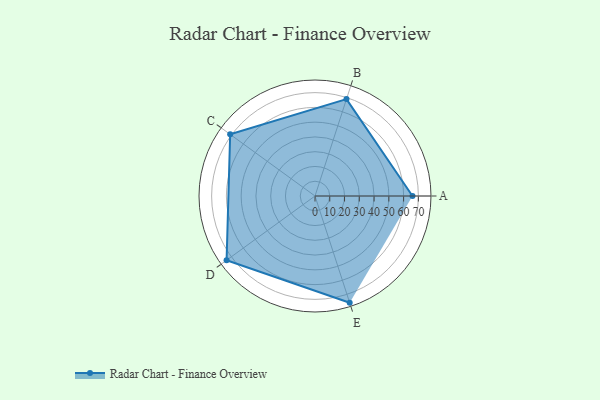
{"axis": {"x": "Skill", "y": "Score"}, "legend": ["Profile"], "data": [{"x": "A", "y": 66.0, "type": "Profile"}, {"x": "B", "y": 69.0, "type": "Profile"}, {"x": "C", "y": 71.0, "type": "Profile"}, {"x": "D", "y": 74.0, "type": "Profile"}, {"x": "E", "y": 76.0, "type": "Profile"}]}